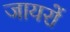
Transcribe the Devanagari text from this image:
जायरों